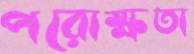
পরোক্ষতা